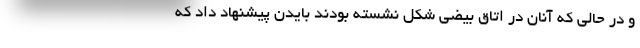
و در حالی که آنان در اتاق بیضی شکل نشسته بودند بایدن پیشنهاد داد که